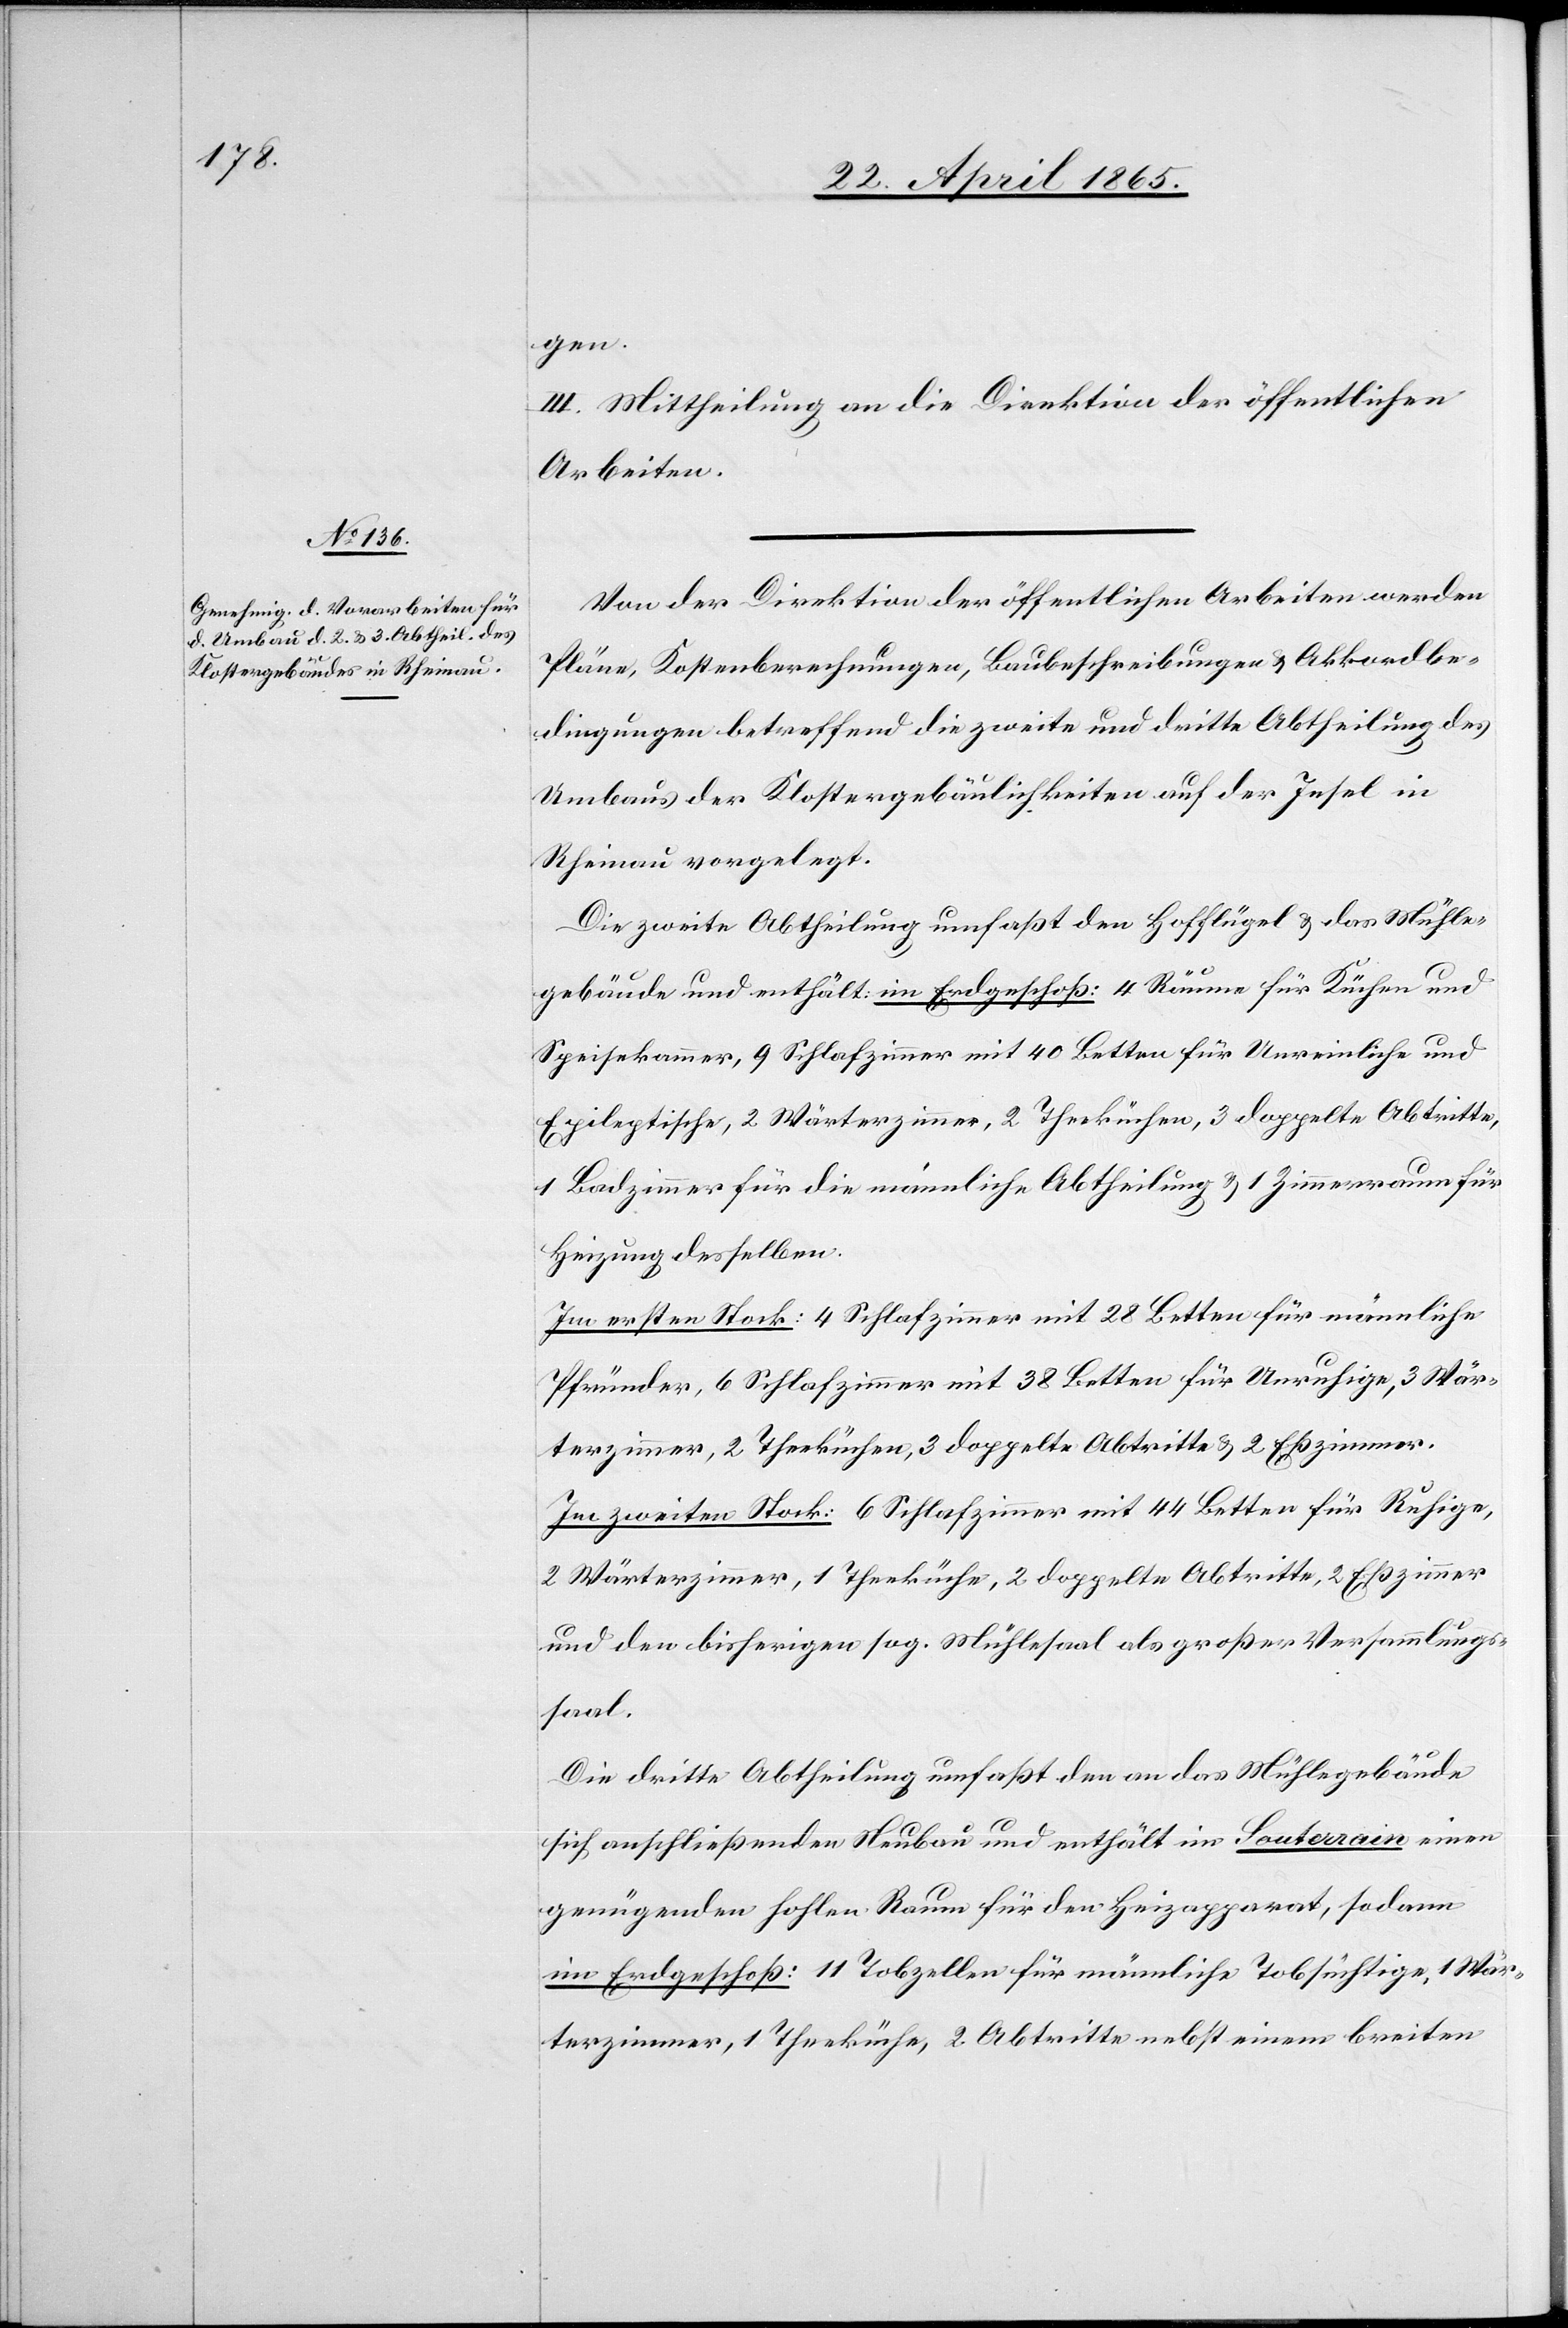
gen.
III. Mittheilung an die Direktion der öffentlichen
Arbeiten.
Von der Direktion der öffentlichen Arbeiten werden
Pläne, Kostenberechnungen, Baubeschreibungen & Akkordbe¬
dingungen betreffend die zweite und dritte Abtheilung des
Umbaus der Klostergebäulichkeiten auf der Insel in
Rheinau vorgelegt.
Die zweite Abtheilung umfaßt den Hofflügel & das Mühle¬
gebäude und enthält: im Erdgeschoß: 4 Räume für Küchen und
Speisekammer, 9 Schlafzimmer mit 40 Betten für Unreinliche und
Epileptische, 2 Wärterzimmer, 2 Theeküchen, 3 doppelte Abtritte,
1 Badzimmer für die männliche Abtheilung & 1 Zimmerraum für
Heizung desselben.
Im ersten Stock: 4 Schlafzimmer mit 28 Betten für männliche
Pfründer, 6 Schlafzimmer mit 38 Betten für Unruhige, 3 Wär¬
terzimmer, 2 Theeküchen, 3 doppelte Abtritte & 2 Eßzimmer.
Im zweiten Stock: 6 Schlafzimmer mit 44 Betten für Ruhige,
2 Wärterzimmer, 1 Theeküche, 2 doppelte Abtritte, 2 Eßzimmer
und den bisherigen sog. Mühlesaal als großer Versammlungs¬
saal.
Die dritte Abtheilung umfaßt den an das Mühlegebäude
sich anschließenden Neubau und enthält im Souterrain einen
genügenden hohlen Raum für den Heizapparat, sodann
im Erdgeschoß: 11 Tobzellen für männliche Tobsüchtige, 1 Wär¬
terzimmer, 1 Theeküche, 2 Abtritte nebst einem breiten